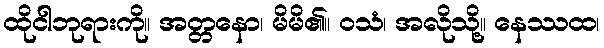
ထိုငါဘုရားကို။ အတ္တနော၊ မိမိ၏။ ဝသံ၊ အလိုသို့။ နေဿထ၊